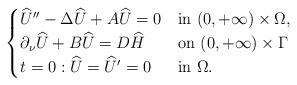
LaTeX: \begin{align*} \begin{cases} \widehat {U} ''-{\Delta} \widehat {U} +A\widehat {U} =0& \hbox{in } (0,+\infty) \times \Omega,\\\partial_\nu \widehat {U} + B\widehat {U} = D \widehat H& \hbox{on } (0,+\infty) \times \Gamma\\t=0: \widehat {U}= \widehat {U}'=0 & \hbox{in } \Omega.\end{cases}\end{align*}